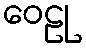
ဝေဠု